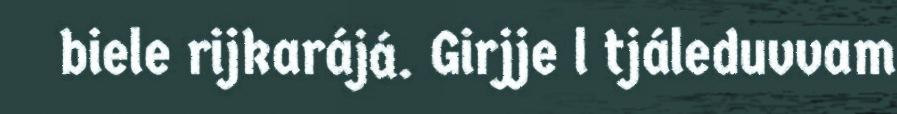
biele rijkarájá. Girjje l tjáleduvvam